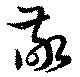
敬